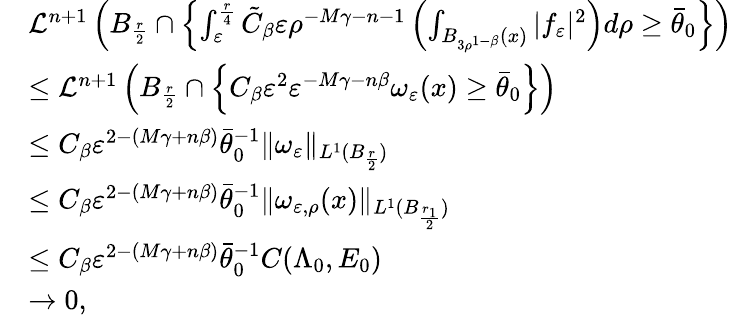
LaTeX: \begin{array}{rl}&{\mathcal L^{n+1}\left(B_{\frac{r}{2}}\cap\left\{ \int_{\varepsilon}^{\frac{r}{4}}\tilde{C}_{\beta}\varepsilon\rho^{-M\gamma-n-1}\left(\int_{B_{3\rho^{1-\beta}}(x)}|f_{\varepsilon}|^{2}\right)d\rho\geq\bar{\theta}_{0}\right\} \right)}\\ &{\leq\mathcal L^{n+1}\left(B_{\frac{r}{2}}\cap\left\{ C_{\beta}\varepsilon^{2}\varepsilon^{-M\gamma-n\beta}\omega_{\varepsilon}(x)\geq\bar{\theta}_{0}\right\} \right)}\\ &{\leq C_{\beta}\varepsilon^{2-(M\gamma+n\beta)}\bar{\theta}_{0}^{-1}\| \omega_{\varepsilon}\| _{L^{1}(B_{\frac{r}{2}})}}\\ &{\leq C_{\beta}\varepsilon^{2-(M\gamma+n\beta)}\bar{\theta}_{0}^{-1}\| \omega_{\varepsilon,\rho}(x)\| _{L^{1}(B_{\frac{r_{1}}{2}})}}\\ &{\leq C_{\beta}\varepsilon^{2-(M\gamma+n\beta)}\bar{\theta}_{0}^{-1}C(\Lambda_{0},E_{0})}\\ &{\rightarrow 0,}\end{array}